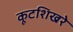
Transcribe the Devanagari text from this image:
कूटशिखरे